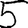
Digit: 5